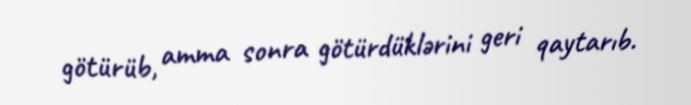
götürüb, amma sonra götürdüklərini geri qaytarıb.